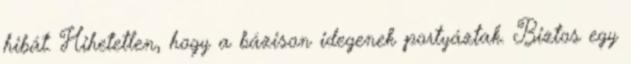
hibát. Hihetetlen, hogy a bázison idegenek portyáztak. Biztos egy